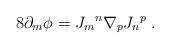
LaTeX: \begin{align*}8\partial_m \phi = {J_m}^n \nabla_p {J_n}^p \; .\end{align*}